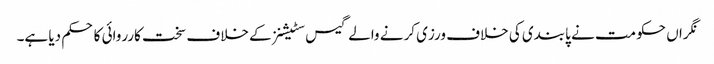
نگراں حکومت نے پابندی کی خلاف ورزی کرنے والے گیس سٹیشنز کے خلاف سخت کارروائی کا حکم دیا ہے۔